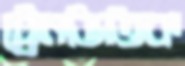
ট্রেনভিত্তিক